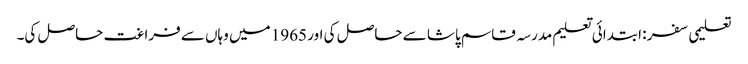
تعلیمی سفر : ابتدائی تعلیم مدرسہ قاسم پاشا سے حاصل کی اور 1965 میں وہاں سے فراغت حاصل کی۔